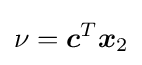
\nu ={\boldsymbol {c}}^{T}{\boldsymbol {x}}_{2}